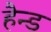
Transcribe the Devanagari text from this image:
हैन्ड